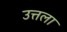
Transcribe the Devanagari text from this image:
उत्तला